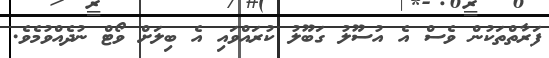
ފަރާތްތަކުން ވެސް އެ އުސޫލު ގަބޫލު ކުރައްވައި އެ ބިލަށް ވޯޓް ނުދެއްވުމެވެ.